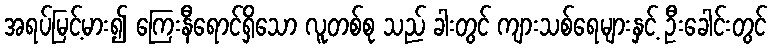
အရပ်မြင့်မား၍ ကြေးနီရောင်ရှိသော လူတစ်စု သည် ခါးတွင် ကျားသစ်ရေများနှင့် ဦးခေါင်းတွင်